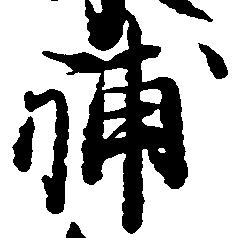
補